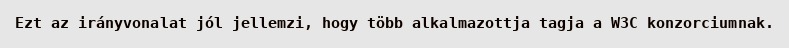
Ezt az irányvonalat jól jellemzi, hogy több alkalmazottja tagja a W3C konzorciumnak.